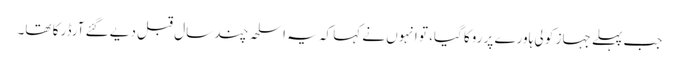
جب پہلے جہاز کو لی ہاورے پر روکا گیا، تو انہوں نے کہا کہ یہ اسلحہ چند سال قبل دیے گئے آرڈر کا تھا۔